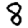
Digit: 8